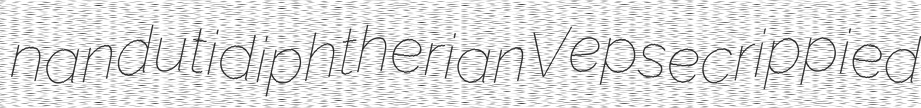
nanduti diphtherian Vepse crippied